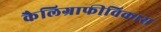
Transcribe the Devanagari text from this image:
कैलिग्राफीविकास